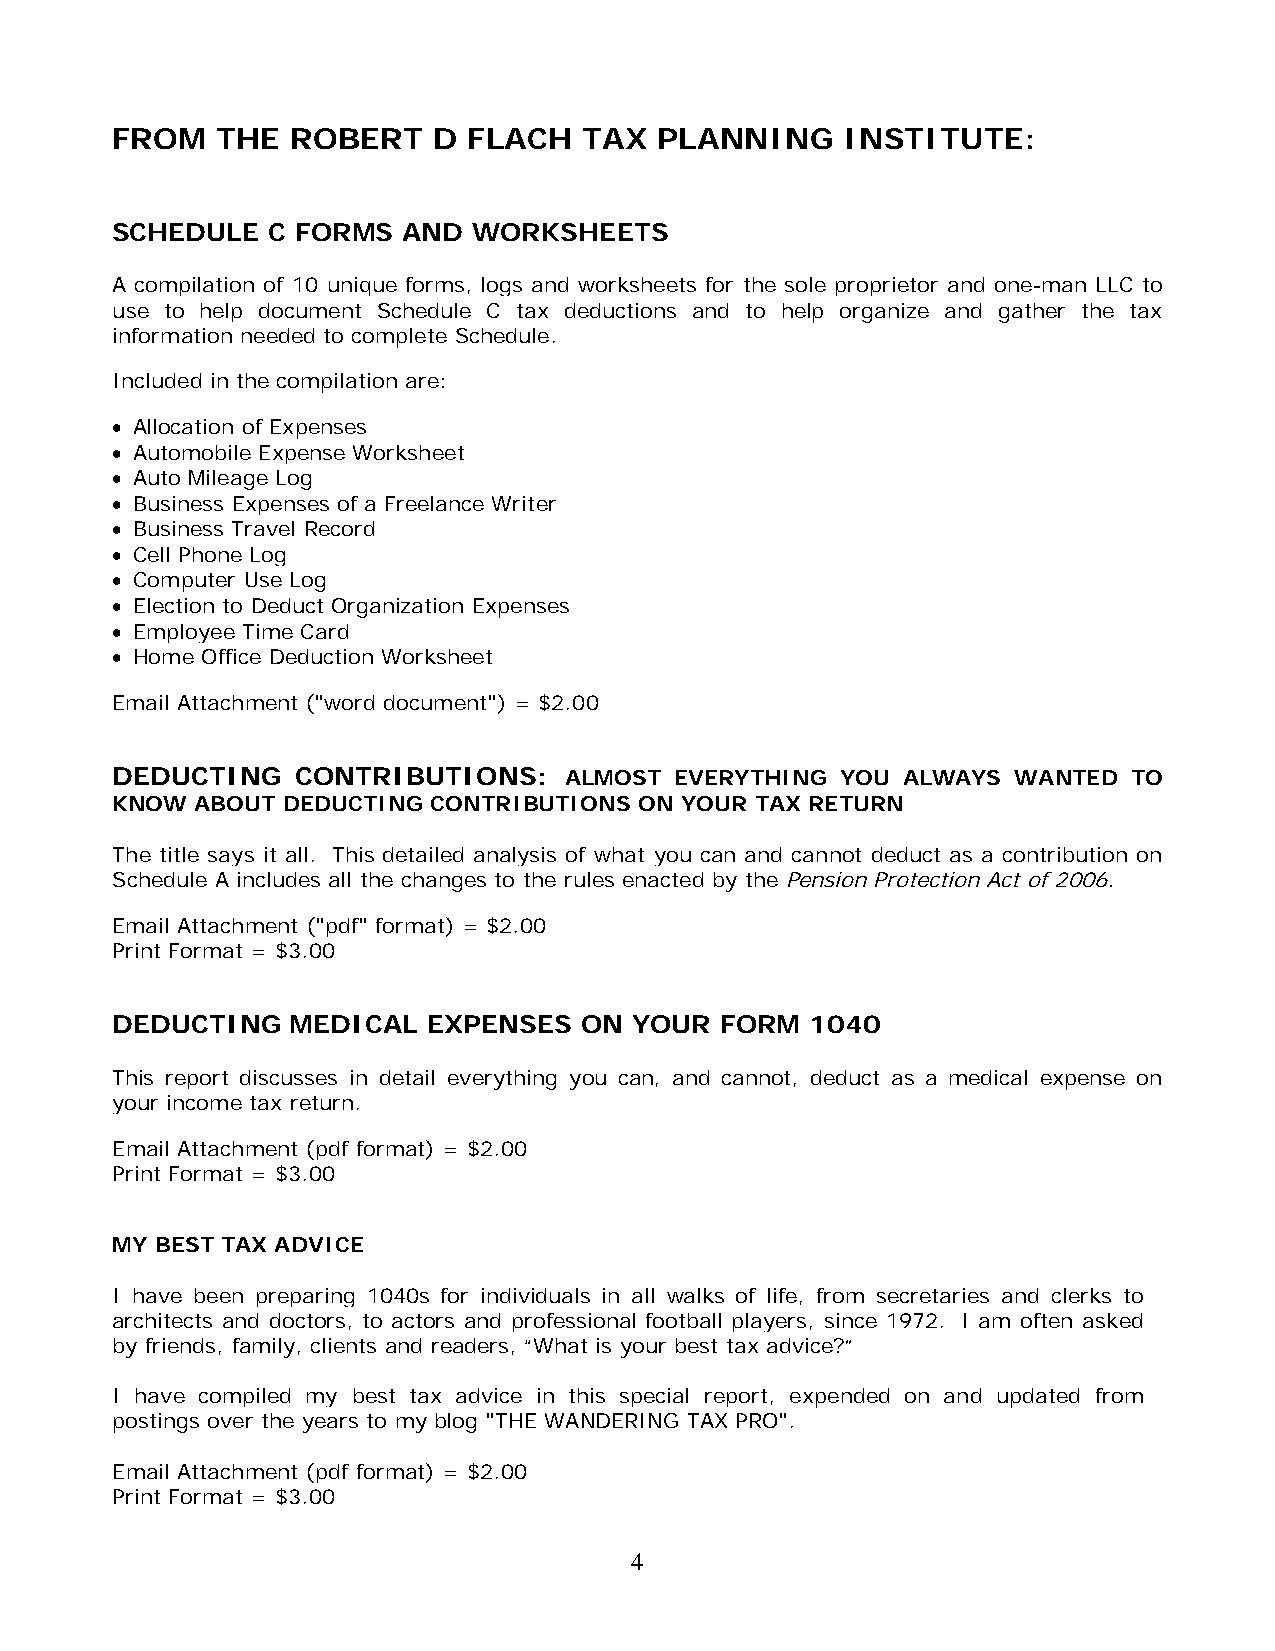
FROM   THE  ROBERT    D FLACH   TAX  PLANNING    INSTITUTE:
 SCHEDULE   C FORMS  AND WORKSHEETS
 A compilation of 10 unique forms, logs and worksheets for the sole proprietor and one-man LLC to
 use to help document Schedule C tax deductions and to help organize and gather the tax
 information needed to complete Schedule.
 Included in the compilation are:
 • Allocation of Expenses
 • Automobile Expense Worksheet
 • Auto Mileage Log
 • Business Expenses of a Freelance Writer
 • Business Travel Record
 • Cell Phone Log
 • Computer Use Log
 • Election to Deduct Organization Expenses
 • Employee Time Card
 • Home Office Deduction Worksheet
 Email Attachment ("word document") = $2.00
 DEDUCTING    CONTRIBUTIONS:   ALMOST  EVERYTHING YOU ALWAYS WANTED  TO
 KNOW  ABOUT DEDUCTING CONTRIBUTIONS ON YOUR TAX RETURN
 The title says it all. This detailed analysis of what you can and cannot deduct as a contribution on
 Schedule A includes all the changes to the rules enacted by the Pension Protection Act of 2006.
 Email Attachment ("pdf" format) = $2.00
 Print Format = $3.00
 DEDUCTING   MEDICAL  EXPENSES  ON  YOUR  FORM  1040
 This report discusses in detail everything you can, and cannot, deduct as a medical expense on
 your income tax return.
 Email Attachment (pdf format) = $2.00
 Print Format = $3.00
 MY BEST TAX ADVICE
 I have been preparing 1040s for individuals in all walks of life, from secretaries and clerks to
 architects and doctors, to actors and professional football players, since 1972. I am often asked
 by friends, family, clients and readers, “What is your best tax advice?”
 I have compiled my best tax advice in this special report, expended on and updated from
 postings over the years to my blog "THE WANDERING TAX PRO".
 Email Attachment (pdf format) = $2.00
 Print Format = $3.00
 4